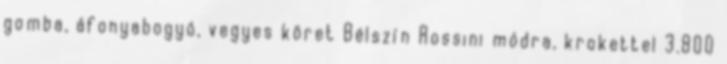
gomba, áfonyabogyó, vegyes köret Bélszín Rossini módra, krokettel 3.800